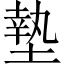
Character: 墊